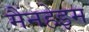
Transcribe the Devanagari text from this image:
मैंनहेइम